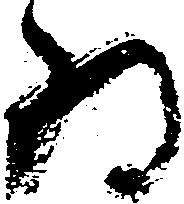
為